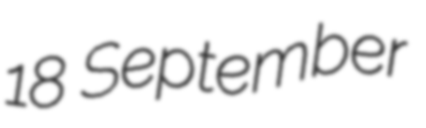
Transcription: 18 September